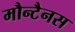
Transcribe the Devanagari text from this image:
मौन्टैनस